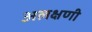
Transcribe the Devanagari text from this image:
अलक्षणी